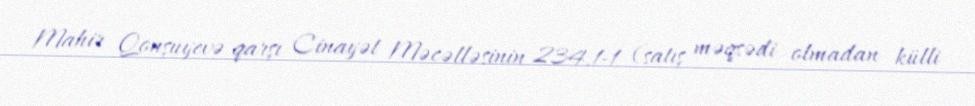
Mahir Qonşuyevə qarşı Cinayət Məcəlləsinin 234.1-1 (satış məqsədi olmadan külli